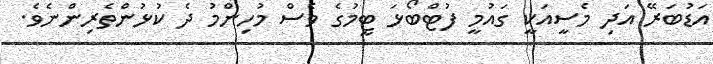
އަޑުބަރޭ އަދި މެސީއަކީ ގައުމީ ފުޓްބޯޅަ ޓީމުގެ ވެސް މުހިންމު ދެ ކުޅުންތެރިންނެވެ.